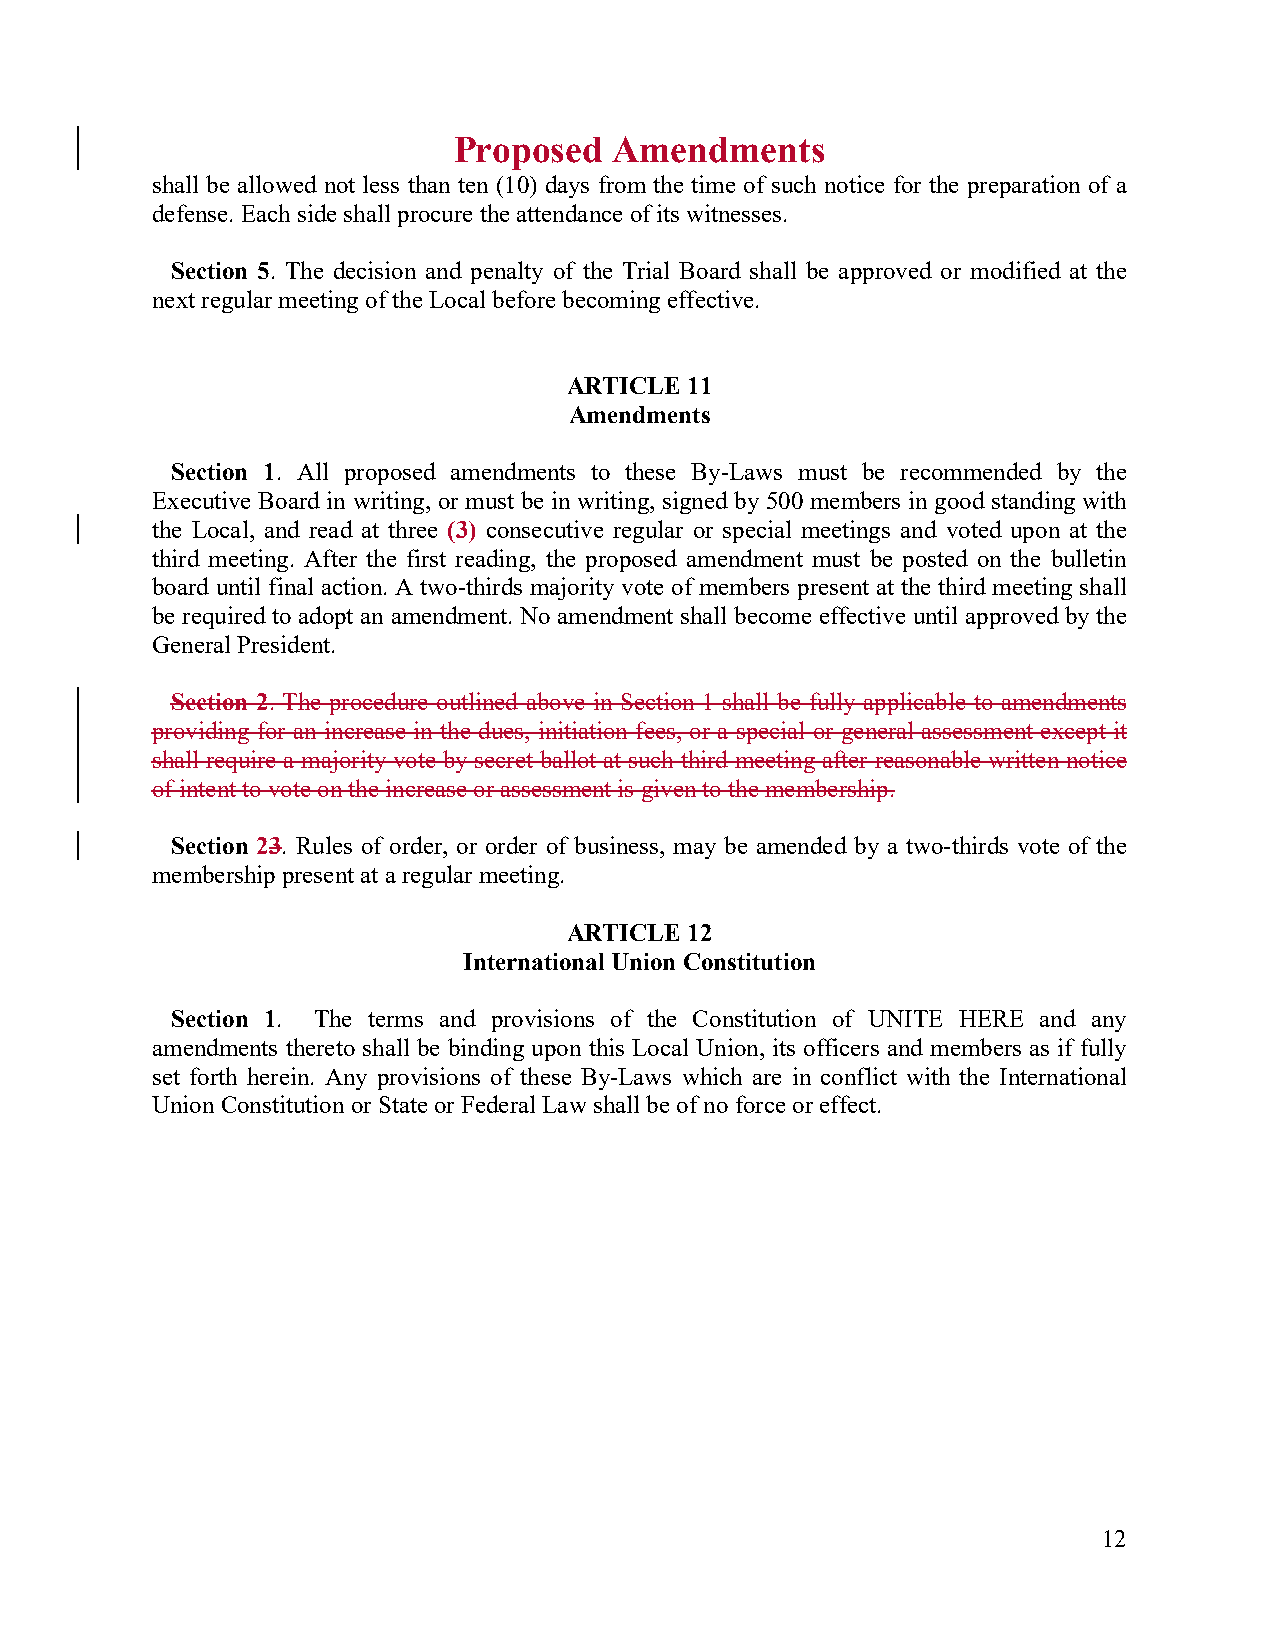
Proposed   Amendments
 shall be allowed not less than ten (10) days from the time of such notice for the preparation of a
 defense. Each side shall procure the attendance of its witnesses.
 Section 5. The decision and penalty of the Trial Board shall be approved or modified at the
 next regular meeting of the Local before becoming effective.
 ARTICLE 11
 Amendments
 Section 1. All proposed amendments to these By-Laws must be recommended by the
 Executive Board in writing, or must be in writing, signed by 500 members in good standing with
 the Local, and read at three (3) consecutive regular or special meetings and voted upon at the
 third meeting. After the first reading, the proposed amendment must be posted on the bulletin
 board until final action. A two-thirds majority vote of members present at the third meeting shall
 be required to adopt an amendment. No amendment shall become effective until approved by the
 General President.
 Section 2. The procedure outlined above in Section 1 shall be fully applicable to amendments
 providing for an increase in the dues, initiation fees, or a special or general assessment except it
 shall require a majority vote by secret ballot at such third meeting after reasonable written notice
 of intent to vote on the increase or assessment is given to the membership.
 Section 23. Rules of order, or order of business, may be amended by a two-thirds vote of the
 membership present at a regular meeting.
 ARTICLE 12
 International Union Constitution
 Section 1. The terms and provisions of the Constitution of UNITE HERE and any
 amendments thereto shall be binding upon this Local Union, its officers and members as if fully
 set forth herein. Any provisions of these By-Laws which are in conflict with the International
 Union Constitution or State or Federal Law shall be of no force or effect.
 12